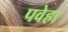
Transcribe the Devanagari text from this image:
पवेहा